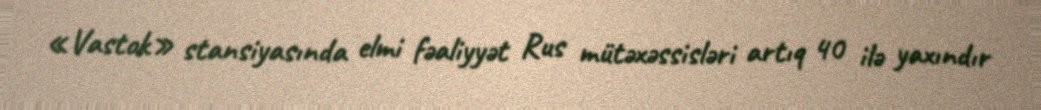
«Vastok» stansiyasında elmi fəaliyyət Rus mütəxəssisləri artıq 40 ilə yaxındır